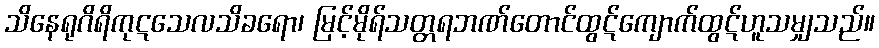
သိနေရုဂိရိကုဋသေလသိခရော၊ မြင့်မိုရ်သတ္တရဘဏ်တောင်ထွဋ်ကျောက်ထွဋ်ဟူသမျှသည်။